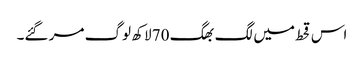
اس قحط میں لگ بھگ 70 لاکھ لوگ مر گئے۔